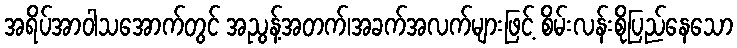
အရိပ်အာဝါသအောက်တွင် အညွန့်အတက်၊အခက်အလက်များဖြင့် စိမ်းလန်းစိုပြည်နေသော